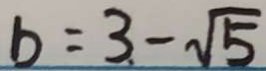
b = 3 - \sqrt { 5 }